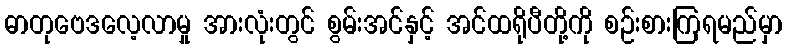
ဓာတုဗေဒလေ့လာမှု အားလုံးတွင် စွမ်းအင်နှင့် အင်ထရိုပီတို့ကို စဉ်းစားကြရမည်မှာ